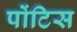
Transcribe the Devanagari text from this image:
पोंटिस